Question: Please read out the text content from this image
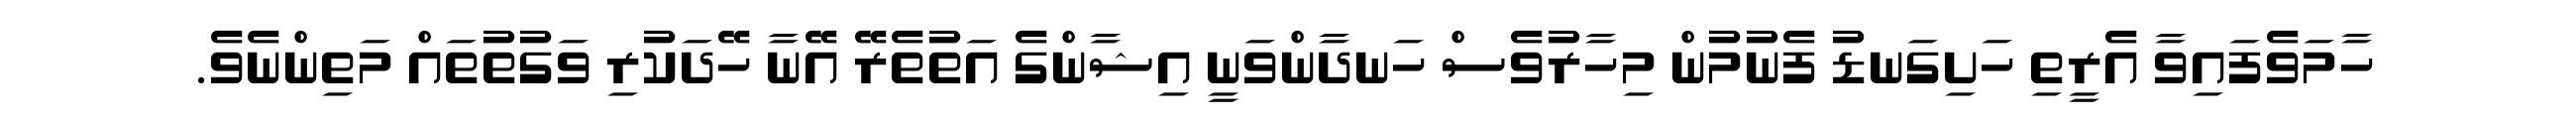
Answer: ހާމަވެފައިވާ އެރީތި ހަށިގަނޑު ފެނުމުން މިހާރުވެސް ހަނދާންވަނީ އިޝާންގެ އަތުތެރޭ އޭނާ ހޭދަކުރި ވަގުތުތައް މަތިންނެވެ.